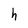
Character: h